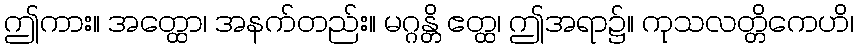
ဤကား။ အတ္ထော၊ အနက်တည်း။ မဂ္ဂန္တိ ဧတ္ထ၊ ဤအရာ၌။ ကုသလတ္တိကေဟိ၊